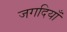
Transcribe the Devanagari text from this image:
जगदियाँ